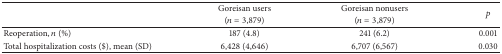
<table><thead><tr><td rowspan="2"><b> </b></td><td><b>Goreisan users</b></td><td><b>Goreisan nonusers</b></td><td rowspan="2"><b><i>p</i></b></td></tr><tr><td><b>(<i>n</i> = 3,879)</b></td><td><b>(<i>n</i> = 3,879)</b></td></tr></thead><tbody><tr><td>Reoperation, <i>n</i> (%)</td><td>187 (4.8)</td><td>241 (6.2)</td><td>0.001</td></tr><tr><td>Total hospitalization costs ($), mean (SD)</td><td>6,428 (4,646)</td><td>6,707 (6,567)</td><td>0.030 </td></tr></tbody></table>